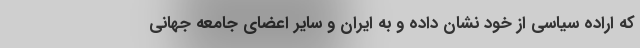
که اراده سیاسی از خود نشان داده و به ایران و سایر اعضای جامعه جهانی